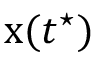
\mathbf { \boldsymbol { x } } ( t ^ { \star } )